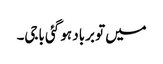
میں تو برباد ہو گئی باجی۔